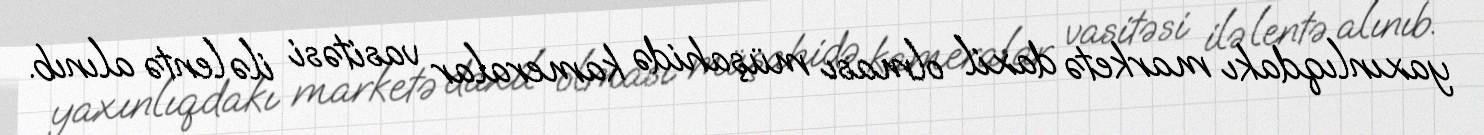
yaxınlıqdakı marketə daxil olması müşahidə kameralar vasitəsi ilə lentə alınıb.